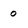
Character: 0